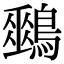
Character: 𪅈